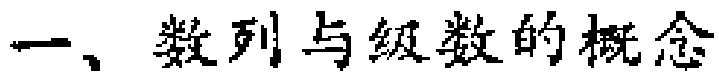
一、数列与级数的概念